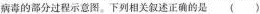
病毒的部分过程示意图。下列相关叙述正确的是（）